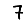
Digit: 7